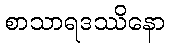
စာသာရဒဿိနော